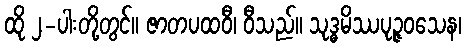
ထို ၂-ပါးတို့တွင်။ ဇာတပထဝီ၊ ဝီသည်။ သုဒ္ဓမိဿပုဉ္ဇဝသေန၊